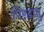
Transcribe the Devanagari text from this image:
पिण्डायु